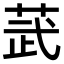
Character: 𫈓